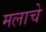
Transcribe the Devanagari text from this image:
मलाचे